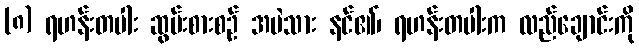
(၈) ရဟန်းတပါး ဆွမ်းစားစဉ် အမဲသား နင်၏၊ ရဟန်းတပါးက လည်ချောင်းကို